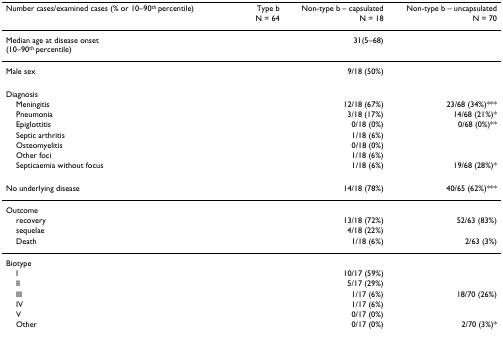
<table><thead><tr><td><b>Number cases/examined cases (% or 10–90<sup>th </sup>percentile)</b></td><td><b>Type bN = 64</b></td><td><b>Non-type b – capsulatedN = 18</b></td><td><b>Non-type b – uncapsulatedN = 70</b></td></tr></thead><tbody><tr><td>Median age at disease onset(10–90<sup>th </sup>percentile)</td><td>[EMPTY_CELL]</td><td>31(5–68)</td><td>[EMPTY_CELL]</td></tr><tr><td>Male sex</td><td>[EMPTY_CELL]</td><td>9/18 (50%)</td><td>[EMPTY_CELL]</td></tr><tr><td>Diagnosis</td><td>[EMPTY_CELL]</td><td>[EMPTY_CELL]</td><td>[EMPTY_CELL]</td></tr><tr><td> Meningitis</td><td>[EMPTY_CELL]</td><td>12/18 (67%)</td><td>23/68 (34%)***</td></tr><tr><td> Pneumonia</td><td>[EMPTY_CELL]</td><td>3/18 (17%)</td><td>14/68 (21%)*</td></tr><tr><td> Epiglottitis</td><td>[EMPTY_CELL]</td><td>0/18 (0%)</td><td>0/68 (0%)**</td></tr><tr><td> Septic arthritis</td><td>[EMPTY_CELL]</td><td>1/18 (6%)</td><td>[EMPTY_CELL]</td></tr><tr><td> Osteomyelitis</td><td>[EMPTY_CELL]</td><td>0/18 (0%)</td><td>[EMPTY_CELL]</td></tr><tr><td> Other foci</td><td>[EMPTY_CELL]</td><td>1/18 (6%)</td><td>[EMPTY_CELL]</td></tr><tr><td> Septicaemia without focus</td><td>[EMPTY_CELL]</td><td>1/18 (6%)</td><td>19/68 (28%)*</td></tr><tr><td>No underlying disease</td><td>[EMPTY_CELL]</td><td>14/18 (78%)</td><td>40/65 (62%)***</td></tr><tr><td>Outcome</td><td>[EMPTY_CELL]</td><td>[EMPTY_CELL]</td><td>[EMPTY_CELL]</td></tr><tr><td> recovery</td><td>[EMPTY_CELL]</td><td>13/18 (72%)</td><td>52/63 (83%)</td></tr><tr><td> sequelae</td><td>[EMPTY_CELL]</td><td>4/18 (22%)</td><td>[EMPTY_CELL]</td></tr><tr><td> Death</td><td>[EMPTY_CELL]</td><td>1/18 (6%)</td><td>2/63 (3%)</td></tr><tr><td>Biotype</td><td>[EMPTY_CELL]</td><td>[EMPTY_CELL]</td><td>[EMPTY_CELL]</td></tr><tr><td> I</td><td>[EMPTY_CELL]</td><td>10/17 (59%)</td><td>[EMPTY_CELL]</td></tr><tr><td> II</td><td>[EMPTY_CELL]</td><td>5/17 (29%)</td><td>[EMPTY_CELL]</td></tr><tr><td> III</td><td>[EMPTY_CELL]</td><td>1/17 (6%)</td><td>18/70 (26%)</td></tr><tr><td> IV</td><td>[EMPTY_CELL]</td><td>1/17 (6%)</td><td>[EMPTY_CELL]</td></tr><tr><td> V</td><td>[EMPTY_CELL]</td><td>0/17 (0%)</td><td>[EMPTY_CELL]</td></tr><tr><td> Other</td><td>[EMPTY_CELL]</td><td>0/17 (0%)</td><td>2/70 (3%)*</td></tr></tbody></table>